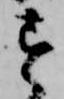
す